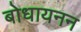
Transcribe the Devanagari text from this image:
बोधायनन